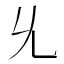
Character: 𠃔